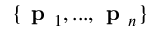
\{ { \textbf { p } } _ { 1 } , . . . , { \textbf { p } } _ { n } \}